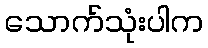
သောက်သုံးပါက